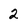
Character: 2